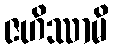
ဇဟိဿာမိ